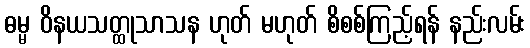
ဓမ္မ ဝိနယသတ္ထုသာသန ဟုတ် မဟုတ် စိစစ်ကြည့်ရန် နည်းလမ်း